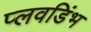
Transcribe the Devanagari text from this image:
प्लवडिंभ